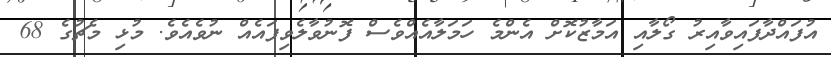
އުފައްދާފައިވާއިރު ގޯލާއި އަމާޒުކޮށް އެންމެ ހަމަލާއެއްވެސް ފޮނުވާލެވިފައެއް ނުވެއެވެ. މުޅި މެޗުގެ 68